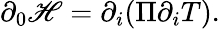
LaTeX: \partial_{0}{\cal\mathscr{H}}=\partial_{i}(\Pi\partial_{i}T).